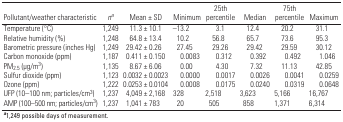
| Pollutant/weather characteristic | na | Mean ± SD | Minimum | 25th percentile | Median | 75th percentile | Maximum |
 | --- | --- | --- | --- | --- | --- | --- | --- |
 | Temperature (°C) | 1,249 | 11.3 ± 10.1 | –13.2 | 3.1 | 12.4 | 20.2 | 31.1 |
 | Relative humidity (%) | 1,248 | 64.8 ± 13.4 | 10.2 | 56.8 | 65.7 | 73.6 | 95.3 |
 | Barometric pressure (inches Hg) | 1,249 | 29.42 ± 0.26 | 27.45 | 29.26 | 29.42 | 29.59 | 30.12 |
 | Carbon monoxide (ppm) | 1,187 | 0.411 ± 0.150 | 0.0083 | 0.312 | 0.392 | 0.492 | 1.046 |
 | PM2.5 (μg/m3) | 1,135 | 8.67 ± 6.06 | 0.00 | 4.30 | 7.32 | 11.13 | 42.85 |
 | Sulfur dioxide (ppm) | 1,123 | 0.0032 ± 0.0023 | 0.0000 | 0.0017 | 0.0026 | 0.0041 | 0.0259 |
 | Ozone (ppm) | 1,222 | 0.0253 ± 0.0104 | 0.0008 | 0.0175 | 0.0240 | 0.0319 | 0.0648 |
 | UFP (10–100 nm; particles/cm3) | 1,237 | 4,049 ± 2,168 | 328 | 2,518 | 3,623 | 5,166 | 16,767 |
 | AMP (100–500 nm; particles/cm3) | 1,237 | 1,041 ± 783 | 20 | 505 | 858 | 1,371 | 6,314 |
 | <COLSPAN=8> a1,249 possible days of measurement. |